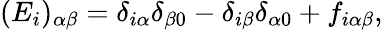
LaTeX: (E_{i})_{\alpha\beta}=\delta_{i\alpha}\delta_{\beta 0}-\delta_{i\beta}\delta_{\alpha 0}+f_{i\alpha\beta},